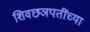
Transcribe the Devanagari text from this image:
शिवछञपतींच्या